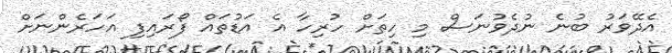
އެދޭވަރު ބުނެ ނުދެވުނަސް މި ހިތަށް ހުރިހާ އެ އަޑުތައް ފޯރައިފި އަހަރެންނަށް